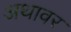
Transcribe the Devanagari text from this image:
अथावर